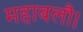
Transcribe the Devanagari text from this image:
महाबलौ।